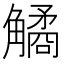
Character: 𧤾